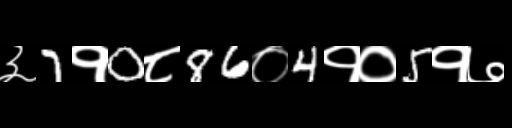
Text: ३7१0८86०4१०5१७